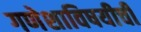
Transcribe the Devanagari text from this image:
गणेशाविषयीची